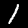
Label: 1